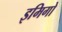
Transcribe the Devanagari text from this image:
इमिगो